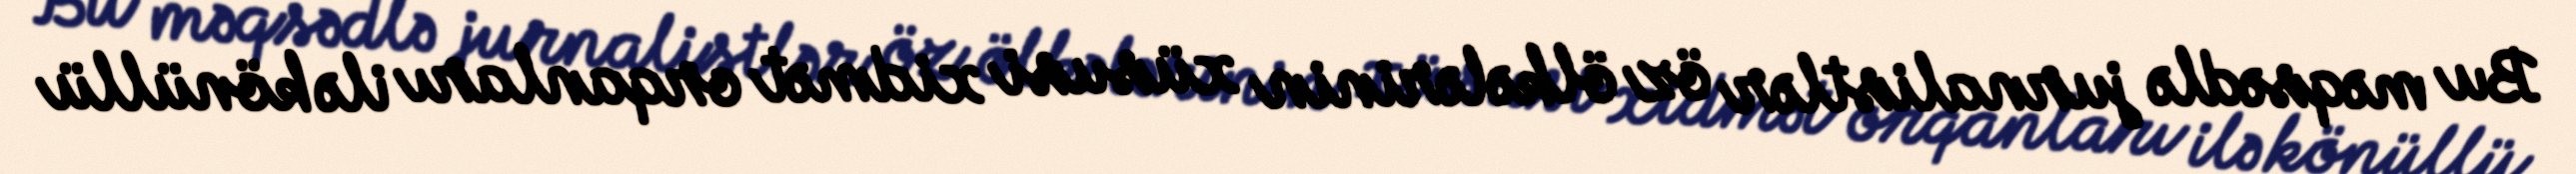
Bu məqsədlə jurnalistlər öz ölkələrinin xüsusi xidmət orqanları ilə könüllü